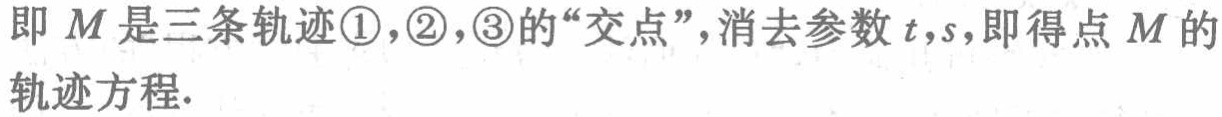
即 \(M\) 是三条轨迹\textcircled{1}，\textcircled{2}，\textcircled{3}的“交点”，消去参数 \(t,s\)，即得点 \(M\) 的轨迹方程.